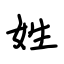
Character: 姓